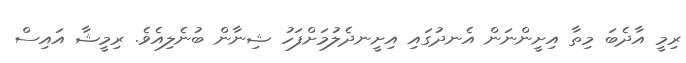
ރިމީ އާދެބަ މިތާ އިށީންނަން އެނދުގައި އިށީނދެލުމަށްފަހު ޝިނާން ބުނެލިއެވެ. ރިމީޝާ އައިސް